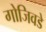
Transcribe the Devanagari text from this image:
गोजिवडे